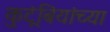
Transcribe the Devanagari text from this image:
कुटूंबियांच्या